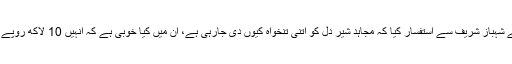
چیف جسٹس نے شہباز شریف سے استفسار کیا کہ مجاہد شیر دل کو اتنی تنخواہ کیوں دی جارہی ہے، ان میں کیا خوبی ہے کہ انہیں 10 لاکھ روپے تنخواہ دی گئی۔